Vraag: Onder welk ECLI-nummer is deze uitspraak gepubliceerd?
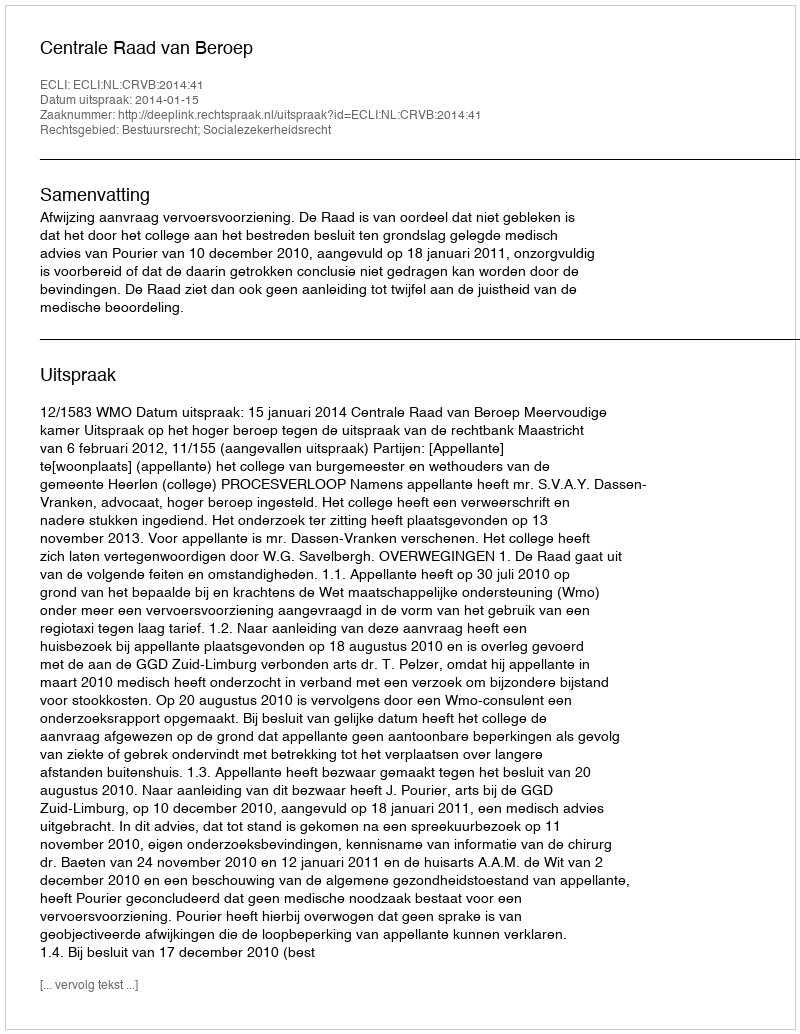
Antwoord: ECLI:NL:CRVB:2014:41